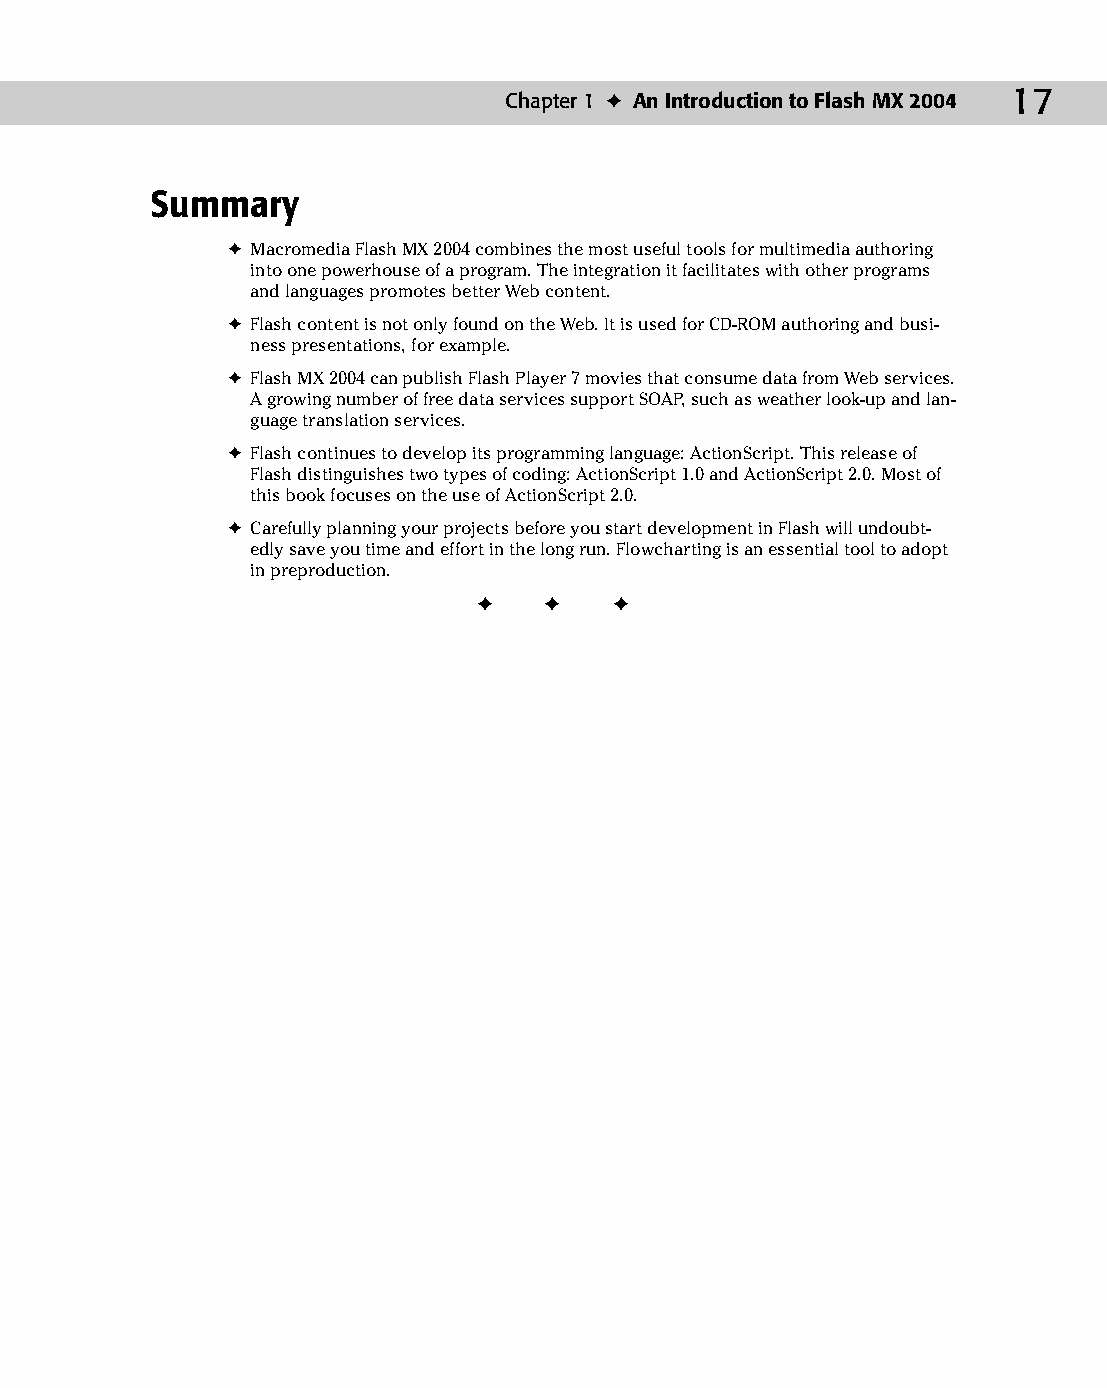
03 543547 ch01.qxd 3/24/04 3:50 PM Page 17
 Chapter 1 ✦ An Introduction to Flash MX 2004 17
 Summary
 ✦ Macromedia Flash MX 2004 combines the most useful tools for multimedia authoring
 into one powerhouse of a program. The integration it facilitates with other programs
 and languages promotes better Web content.
 ✦ Flash content is not only found on the Web. It is used for CD-ROM authoring and busi­
 ness presentations, for example.
 ✦ Flash MX 2004 can publish Flash Player 7 movies that consume data from Web services.
 A growing number of free data services support SOAP, such as weather look-up and lan­
 guage translation services.
 ✦ Flash continues to develop its programming language: ActionScript. This release of
 Flash distinguishes two types of coding: ActionScript 1.0 and ActionScript 2.0. Most of
 this book focuses on the use of ActionScript 2.0.
 ✦ Carefully planning your projects before you start development in Flash will undoubt­
 edly save you time and effort in the long run. Flowcharting is an essential tool to adopt
 in preproduction.
 ✦  ✦  ✦